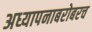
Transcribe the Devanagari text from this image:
अध्‍यापनाबरोबरच